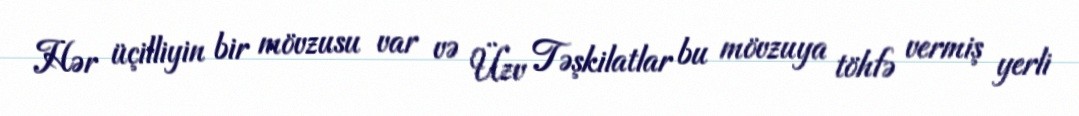
Hər üçilliyin bir mövzusu var və Üzv Təşkilatlar bu mövzuya töhfə vermiş yerli